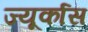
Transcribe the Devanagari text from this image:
ज्यूर्कास